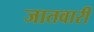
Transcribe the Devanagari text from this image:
जातवारी